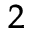
^ 2